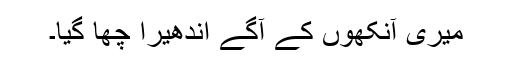
میری آنکھوں کے آگے اندھیرا چھا گیا۔